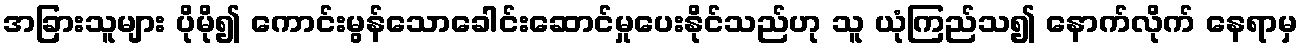
အခြားသူများ ပိုမို၍ ကောင်းမွန်သောခေါင်းဆောင်မှုပေးနိုင်သည်ဟု သူ ယုံကြည်သ၍ နောက်လိုက် နေရာမှ